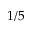
1 / 5